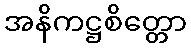
အနိကဋ္ဌစိတ္တော